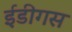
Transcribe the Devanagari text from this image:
ईडीगस